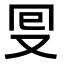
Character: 𠬸